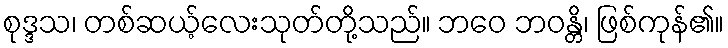
စုဒ္ဒသ၊ တစ်ဆယ့်လေးသုတ်တို့သည်။ ဘဝေ ဘဝန္တိ၊ ဖြစ်ကုန်၏။